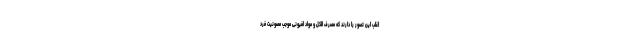
اغلب این تصور را دارند که مصرف الکل و مواد افیونی موجب مصونیت فرد